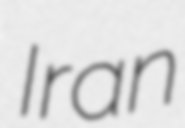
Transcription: Iran